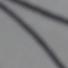
Signature authenticity: forged